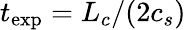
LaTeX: t_{\mathrm{exp}}=L_{c}/(2c_{s})